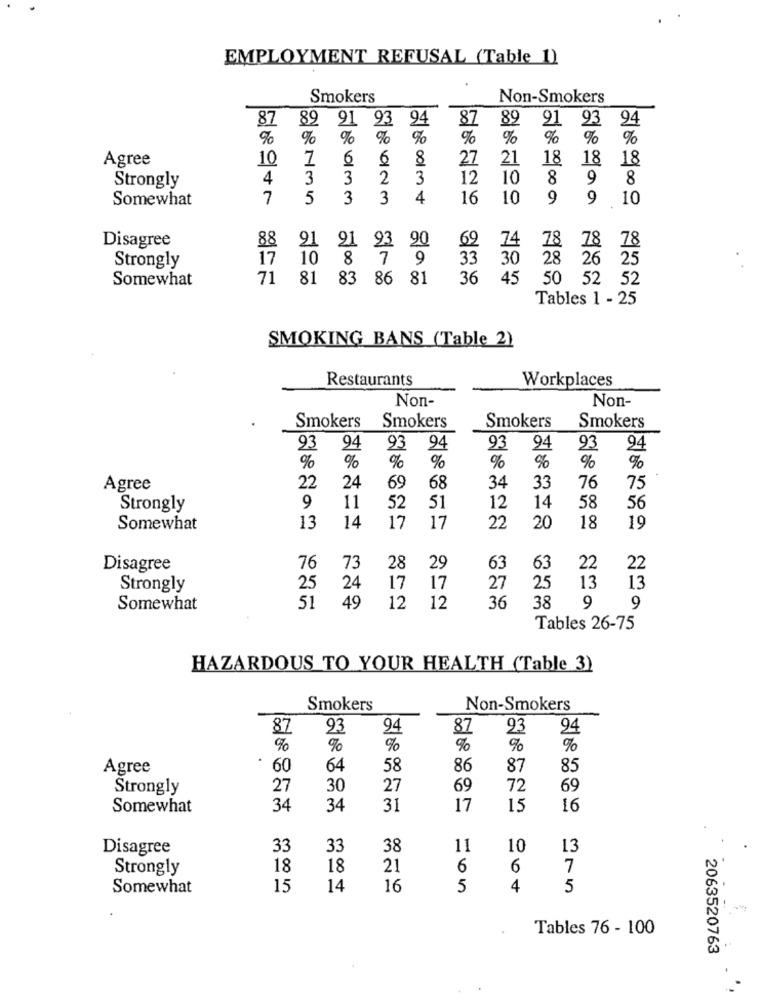
EMPLOYMENT REFUSAL (Table 1)
Smokers
Non-Smokers
87 89 91 93
89
94
87
91 93 94
%
9
%
%
%
%
Agree
10
7
6
6
8
27
21
18
18
18
4
3
3
2
3
12
10
8
9
8
Strongly
Somewhat
7
5
3
3
4
16
10
9
9
10
Disagree
74
78
78 78
88
21 21 93
90
69
17
10
8 7 9
33
30
28 26 25
Strongly
Somewhat
71 81 83 86 81
36
45
50 52 52
Tables 1 - 25
SMOKING BANS (Table 2)
Restaurants
Workplaces
Non-
Non-
Smokers
Smokers
Smokers
Smokers
93
94
93
94
93
94
93
94
%
%
%
%
%
24
69
Agree
22
68
34
33
76
75
9
14
58
Strongly
11
52
51
12
56
Somewhat
13
14
17
17
22
20
18
19
Disagree
76
73
28
29
63
63
22
22
25
Strongly
25
24
17
17
27
13
13
Somewhat
51
49
12
12
36
38 9
9
Tables 26-75
HAZARDOUS TO YOUR HEALTH (Table 3)
Smokers
Non-Smokers
87
93
94
87
93
94
%
%
%
Agree
60
64
58
86
87
85
Strongly
27
30
27
69
72
69
Somewhat
34
34
31
17
15
16
Disagree
33
33
38
11
10
13
Strongly
18
18
21
6
6
7
Somewhat
15
14
16
5
4
5
Tables 76 - 100
2063520763